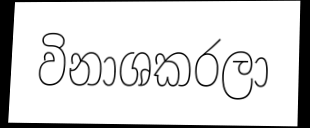
විනාශකරලා